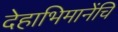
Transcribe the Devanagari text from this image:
देहाभिमानेंचि